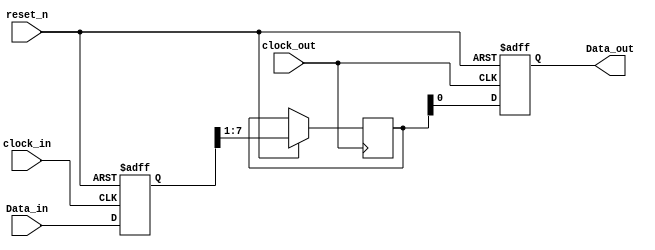
module Serializer #( 

	parameter DATA_WIDTH = 8							// Width of the parallel data

)(

// input ports
	input   [DATA_WIDTH - 1:0]    Data_in,				// Parallel input data 
	input                         clock_in,				
	input                         clock_out,
	input                         reset_n,				// Asynchronous Active-Low Reset Signal

// output ports
	output   reg                  Data_out 				// Serial output data
);

// internal signals
reg    [DATA_WIDTH - 1: 0]  Data_reg;					// Internal Register to register the input data 


// Registeration of the incoming data 
 always @(posedge clock_in or negedge reset_n)
 begin
 
    if(!reset_n)										// Chck if the design is reseted 
	begin
		Data_reg <= 8'b0;
    end
   
   else 
    begin
       Data_reg <= Data_in ;  							// Register the parallel input data into the internal data register
    end
end
  
  
////////////////////////////////////////////////////////	
///// Behaviral Modelling of the Serializer Output /////
////////////////////////////////////////////////////////
always @(posedge clock_out or negedge reset_n)
    begin

      if(!reset_n)
        begin
          Data_out <= 1'b0;
        end

      else 
        begin
		
			Data_out <= Data_reg[0];
			Data_reg [0] <= Data_reg[1];
			Data_reg [1] <= Data_reg[2];
			Data_reg [2] <= Data_reg[3];
			Data_reg [3] <= Data_reg[4];
			Data_reg [4] <= Data_reg[5];
			Data_reg [5] <= Data_reg[6];
			Data_reg [6] <= Data_reg[7];    
			
        end
    end
  
   
   
endmodule